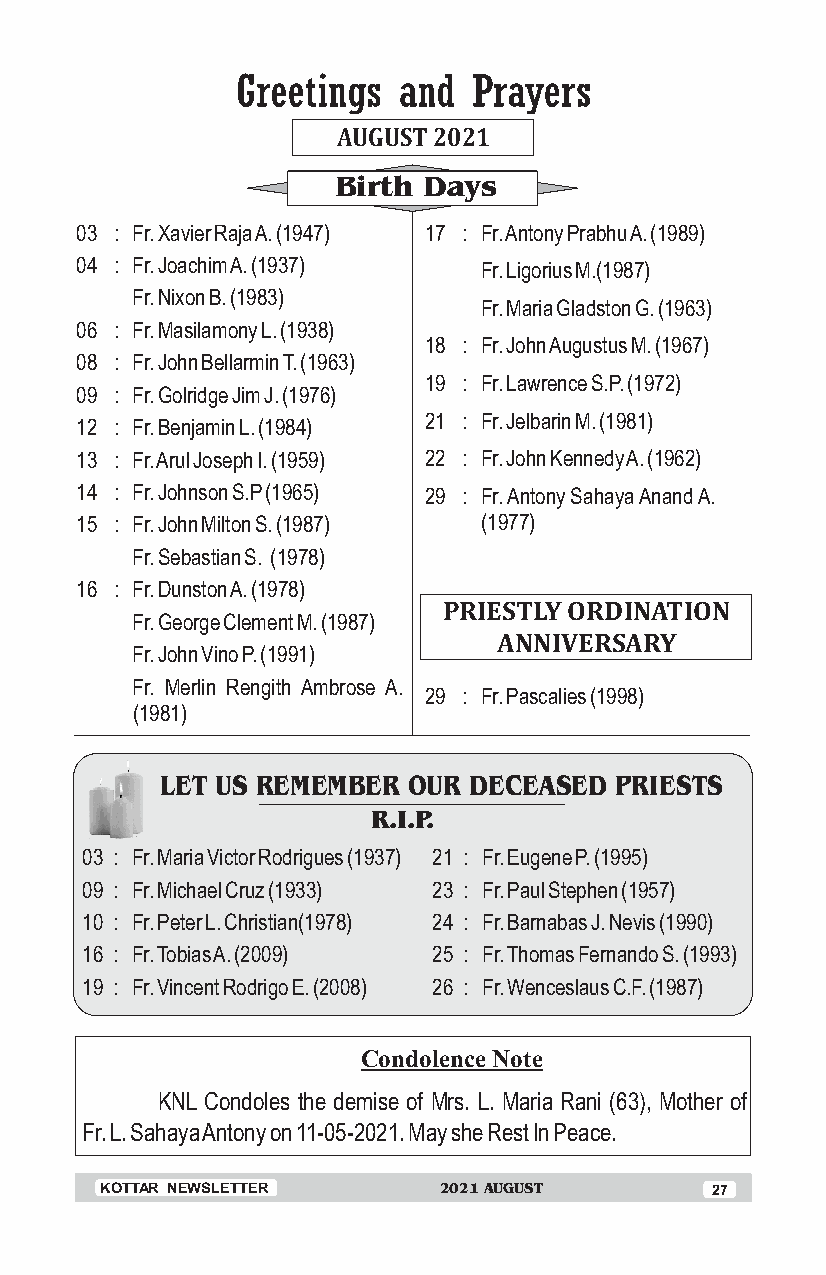
Greetings and  Prayers
 AUGUST 2021
 Birth Days
 03 : Fr. Xavier Raja A. (1947) 17 : Fr. Antony Prabhu A. (1989)
 04 : Fr. Joachim A. (1937) Fr. Ligorius M.(1987)
 Fr. Nixon B. (1983)
 Fr. Maria Gladston G. (1963)
 06 : Fr. Masilamony L. (1938)
 18 : Fr. John Augustus M. (1967)
 08 : Fr. John Bellarmin T. (1963)
 19 : Fr. Lawrence S.P. (1972)
 09 : Fr. Golridge Jim J. (1976)
 21 : Fr. Jelbarin M. (1981)
 12 : Fr. Benjamin L. (1984)
 13 : Fr. Arul Joseph I. (1959) 22 : Fr. John Kennedy A. (1962)
 14 : Fr. Johnson S.P (1965) 29 : Fr. Antony Sahaya Anand A.
 15 : Fr. John Milton S. (1987) (1977)
 Fr. Sebastian S. (1978)
 16 : Fr. Dunston A. (1978)
 PRIESTLY ORDINATION
 Fr. George Clement M. (1987)
 ANNIVERSARY
 Fr. John Vino P. (1991)
 Fr. Merlin Rengith Ambrose A.
 29 : Fr. Pascalies (1998)
 (1981)
 LET US REMEMBER OUR DECEASED  PRIESTS
 R.I.P.
 03 : Fr. Maria Victor Rodrigues (1937) 21 : Fr. Eugene P. (1995)
 09 : Fr. Michael Cruz (1933) 23 : Fr. Paul Stephen (1957)
 10 : Fr. Peter L. Christian(1978) 24 : Fr. Barnabas J. Nevis (1990)
 16 : Fr. Tobias A. (2009) 25 : Fr. Thomas Fernando S. (1993)
 19 : Fr. Vincent Rodrigo E. (2008) 26 : Fr. Wenceslaus C.F. (1987)
 Condolence Note
 KNL Condoles the demise of Mrs. L. Maria Rani (63), Mother of
 Fr. L. Sahaya Antony on 11-05-2021. May she Rest In Peace.
 KOTTAR NEWSLETTER     2021 AUGUST       27